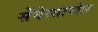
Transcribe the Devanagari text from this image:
सेवेस्तापोल